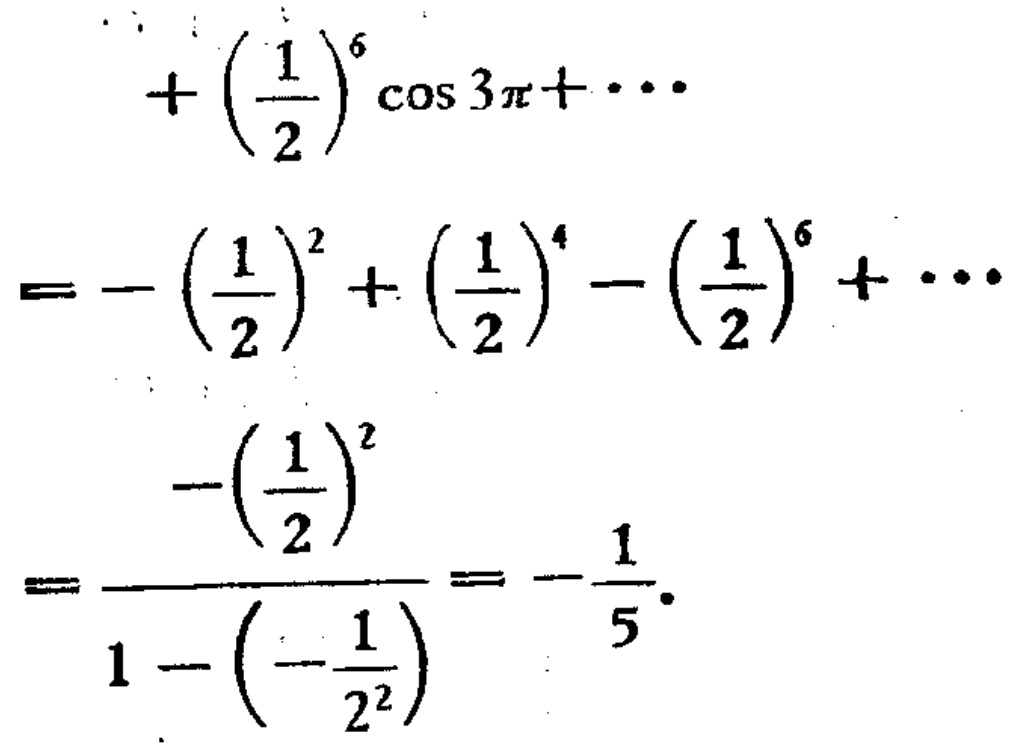
\[
\begin{align*}
&+\left(\frac{1}{2}\right)^{6}\cos 3\pi+\cdots\\
=&-\left(\frac{1}{2}\right)^{2}+\left(\frac{1}{2}\right)^{4}-\left(\frac{1}{2}\right)^{6}+\cdots\\
=&\frac{-\left(\frac{1}{2}\right)^{2}}{1 - \left(-\frac{1}{2^{2}}\right)}=-\frac{1}{5}
\end{align*}
\]